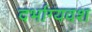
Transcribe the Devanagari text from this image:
दर्भाग्यवश